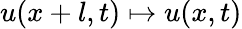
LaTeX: u(x+l,t)\mapsto u(x,t)